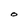
Character: O